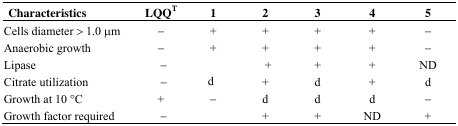
| Characteristics | LQQT | 1 | 2 | 3 | 4 | 5 |
 | --- | --- | --- | --- | --- | --- | --- |
 | Cells diameter > 1.0 μm | − | + | + | + | + | − |
 | Anaerobic growth | − | + | + | + | + | − |
 | Lipase | − |  | + | + | + | ND |
 | Citrate utilization | − | d | + | d | + | d |
 | Growth at 10 °C | + | − | d | d | d | − |
 | Growth factor required | − |  | + | + | ND | + |